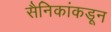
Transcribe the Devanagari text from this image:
सैनिकांकडून